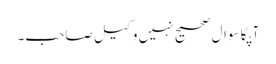
آپکا سوال صحیح نہیں وکیل صاحب۔